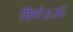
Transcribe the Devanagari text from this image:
किये॥ॐ